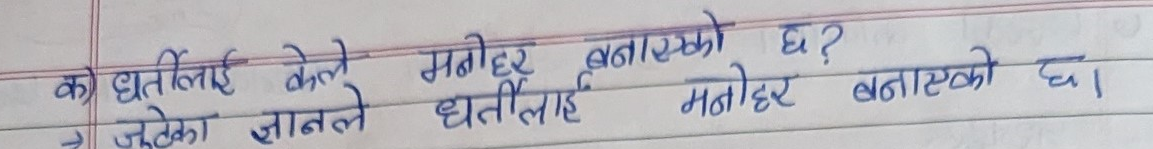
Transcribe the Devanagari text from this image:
क) धर्तीलाई केले मनोहर बनाएको छ ?
→ जडेका जानले धर्तीलाई मनोहर बनाएको छ ।